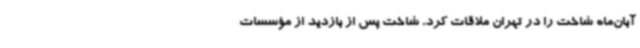
آبان‌ماه شاخت را در تهران ملاقات کرد. شاخت پس از بازدید از مؤسسات